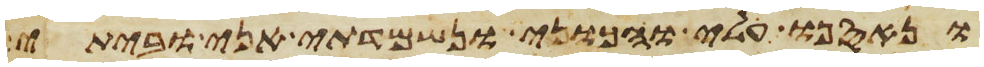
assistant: ונאספו עלי והכוני ונשמדתי אני וביתי